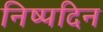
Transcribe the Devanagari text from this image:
निष्पदिन